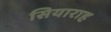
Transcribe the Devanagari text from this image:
सियाराह